Leaving Certificate Examination (including Day School Certificate (Higher) General paper), 1937
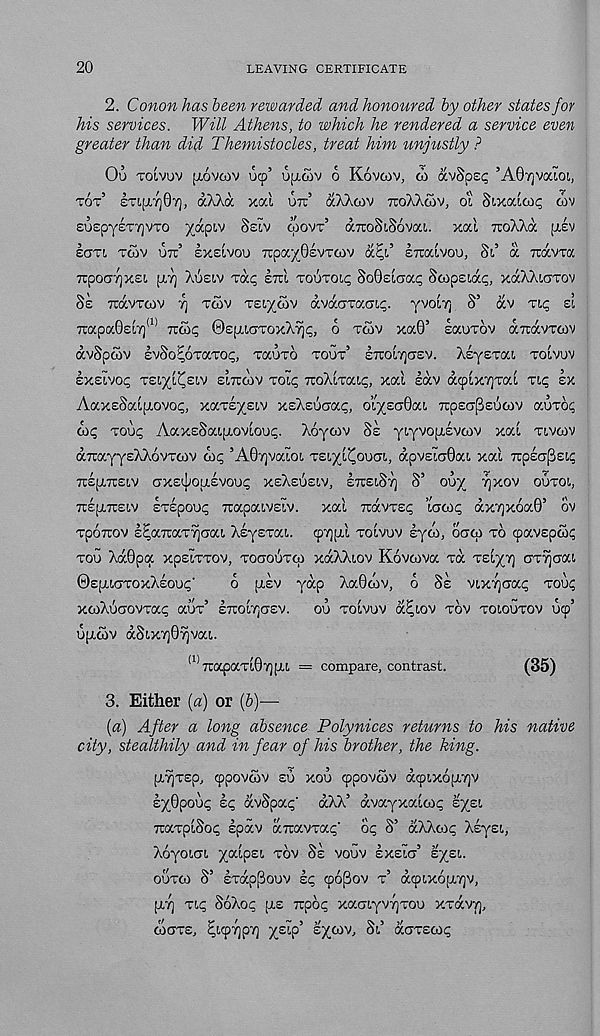
20
LEAVING CERTIFICATE
2. Canon has been rewarded and honoured by other states for
his services. Will Athens, to which he rendered a service even
greater than did Themistocles, treat him unjustly ?
Ou TOLVUV [LOVOOV UCp’ UfLCOV 6 KoV6)V, CO avSpEi; ’A07]VaiOl,
TOT’
£Ti(LTj07), aXXdc xai or:’ aXXoiv TTOXXCOV, O'L Sixaiox; cov
£0£pY£T7]VTO JCaplV S£tV WOVT’ aTCoSlSoVat,. xoci TroXXa [X£V
ECTTL TCOV UTc’ EXEIVOU 7ipa/0£VTCOV a^l’ E7TCCLVOU, Si’ CC 7TC£VT(X
TcpocryjXEi. [XT] XOEIV TOCI; ETCI TOUTOI,^ SoOEiaai; ScopEia^, XCXXXICTTOV
SE
TTOCVTCOV
y] TOSV TEV/OIV dvaaTacn^. yVOIT] S’ dv TLC EL
7T:apa0£i7) (1)
TUCO^ ©spiiGTOxX^i;, o TCOV xa0’ sauTOV diravToiv
dvSpoiv EvSo^OTOCTO^, TOCUTO TOUT’ ETCOITJGEV. XEyETCCL, TOLVOV
EXEIVOL; TEiyc^siv EITTCOV TOLL; TcoXiTai^, xai lav dcpixyTai TIC EX
AaxESaipiovo^, xaTsysiv xEXsuaaL;, OLy£CT0at TTpEG^sScov auTo^
oic, TOO<; AaxESaijLOVLOu^. Xoycov SE yiyvopt-EVcov xai TIVCOV
aTcayysXXovTcov
’A07]vaiot, TEiyy^ouai, dpvEia0a!, xai irpEcpsii;
TCEplTTElV CTXElpOUEVOUi; XEXEUEIV, ETTEIST] S’ OUy 7)XOV OUTOl,
TrlpiTtEiv ETEpooc; TuapaivEiv. xai TravTsc; ’iacrrc, dx'/)x6a0’ ov
TpoTcov E^a7iaT7]CTai XlyETai. cpypii TOIVUV lyco, OGCO TO cpavspax;
TOO Xd0pa xpEiTTov, TocrooTcp xdXXiov Kovcova TO. TEiyy orTjcxai
©EpiiGTOxXlou*;'
o pilv yap Xa0(ov, o SE vixyaa^ TOUI;
XCoXSaOVTa^ aUT 5 ETTOiyGEV.
OO TOlVI)V d^iov TOV TOIOUTOV 09’
upicov dSix'/)09jvai.
(1> 7i:apaTl07]jjil = compare, contrast.
(35)
3. Either (a) or (&)—
(a) After a long absence Polynices returns to his native
city, stealthily and in fear of his brother, the king.
piYjTEp, 9povmv so xoo 9povcov a9ix6pi7]v
Iy0pooc lc dvSoac' dXX’ dvayxaimc eyei
xaTpiSoi; Ipdv axavTa^' Si; S’ dXXco^ Xlysi,
Xoyoiai yaipsi TOV SE vouv EXEIG’ sysi.
ooToo S’ £Tap(3ouv kc, 9oj3ov T’ a9ix6[ji7]v,
[17] TI<; SoXo^ pis Tcpoi; xaGiyvyTou XTOCVT],
coGTE, ^lyrjprj ysip’ sycov. Si’ GCGTECO^